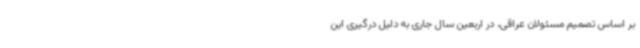
بر اساس تصمیم مسئولان عراقی، در اربعین سال جاری به دلیل درگیری این